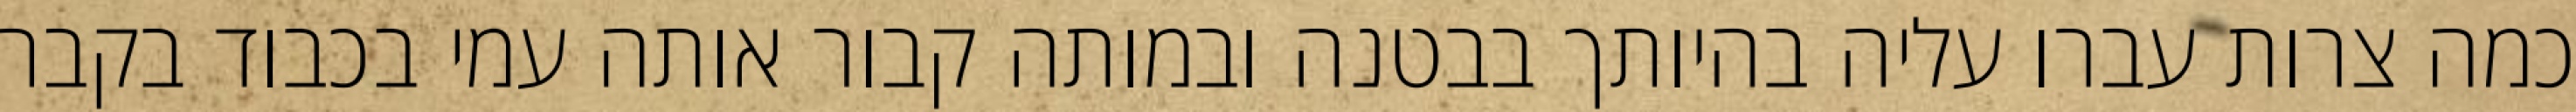
כמה צרות עברו עליה בהיותך בבטנה ובמותה קבור אותה עמי בכבוד בקבר